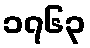
၁၇၆၃